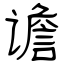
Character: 谵